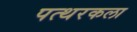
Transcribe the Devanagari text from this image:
पत्थरकला